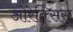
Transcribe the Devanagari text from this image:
ओरेक्सिस